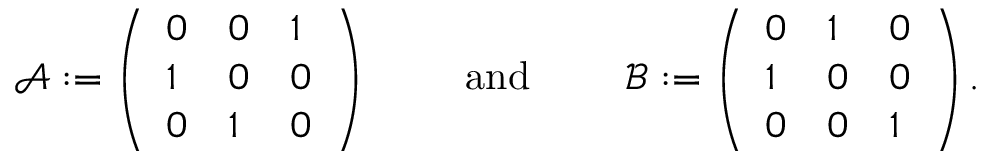
\begin{array} { r } { \mathcal { A } : = \left( \begin{array} { l l l } { 0 } & { 0 } & { 1 } \\ { 1 } & { 0 } & { 0 } \\ { 0 } & { 1 } & { 0 } \end{array} \right) \qquad \mathrm { ~ a n d ~ } \qquad \mathcal { B } : = \left( \begin{array} { l l l } { 0 } & { 1 } & { 0 } \\ { 1 } & { 0 } & { 0 } \\ { 0 } & { 0 } & { 1 } \end{array} \right) . } \end{array}